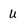
Character: U